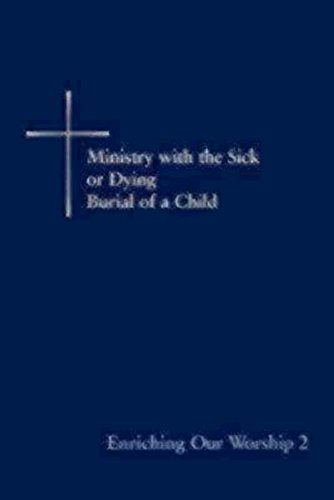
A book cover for Enriching Our Worship 2: Ministry with the Sick or Dying: Burial of a Child; Church Publishing; Religion & Spirituality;